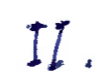
Text: II.
Cross-out: clean
Writing tool: ballpoint